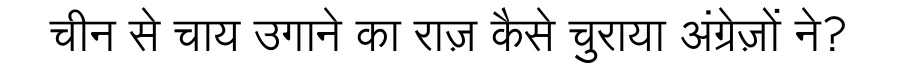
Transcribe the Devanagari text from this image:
चीन से चाय उगाने का राज़ कैसे चुराया अंग्रेज़ों ने?